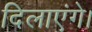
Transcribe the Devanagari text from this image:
दिलाएंगे।